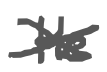
Text: He
Cross-out: mix
Writing tool: digital_gray